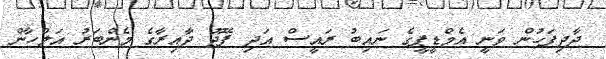
ދާދިފަހުން ވަނީ އެމްޑީޕީގެ ނައިބު ރައީސް އަދި ފޭދޫ ދާއިރާގެ މެންބަރު އަލްހާން